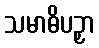
သမာဓိပဉှာ